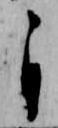
自